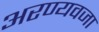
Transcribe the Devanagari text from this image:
अरण्यवजा